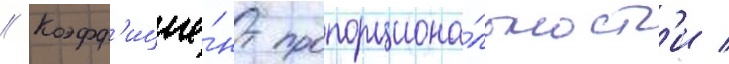
// Коэфф'ицие́нт пропорциона́льност'и /